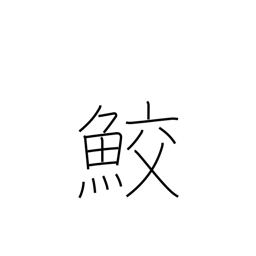
Meaning: shark